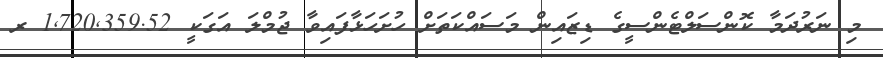
މި ނަރުދަމާ ކޮންސަލްޓެންސީގެ ޑިޒައިން މަސައްކަތަށް ހުށަހަޅާފައިވާ ޖުމްލަ އަގަކީ 1